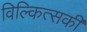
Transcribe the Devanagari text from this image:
विल्कित्सकी